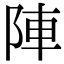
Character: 陣